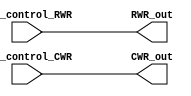
module Write_registers(input [7:0] IDC_control_RWR,
					   input [7:0] IDC_control_CWR,
				       output [7:0] RWR_out,
					   output [7:0] CWR_out);
							 
reg [7:0] RWR;
reg [7:0] CWR;
assign RWR_out = RWR;
assign CWR_out = CWR;

always@(IDC_control_RWR)
begin
	RWR <= IDC_control_RWR;
end
	
always@(IDC_control_CWR)
begin
	CWR <= IDC_control_CWR;
end
							 
endmodule